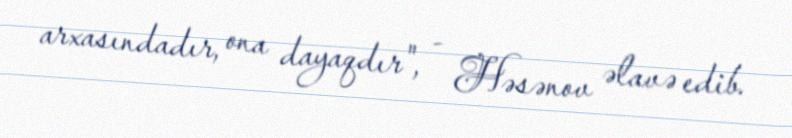
arxasındadır, ona dayaqdır", - Həsənov əlavə edib.